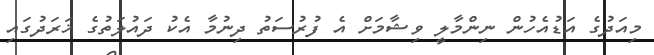
މިއަދުގެ އަޑުއެހުން ނިންމާލީ ވިޝާމަށް އެ ފުރުސަތު ދިނުމާ އެކު ދައުލަތުގެ ޚަރަދުގައި